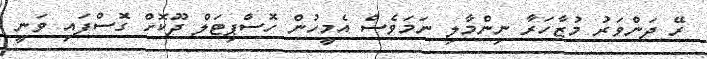
ރޭ ދަންވަރު މުޒާހަރާ ނިންމާލި ނަމަވެސް އެމީހުން ހޮސްޕިޓަލް ދޫކޮށް ގޮސްފައި ވަނީ